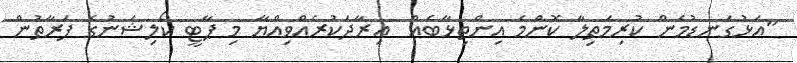
"އަޅުގަނޑުމެން ކުރިމަތިލާ ކޮންމެ އިންތިޅާބެއް  އިރާދަކުރެއްވިއްޔާ މި ޕާޓީ ކޯލިޝަނުގެ ފަރާތުން